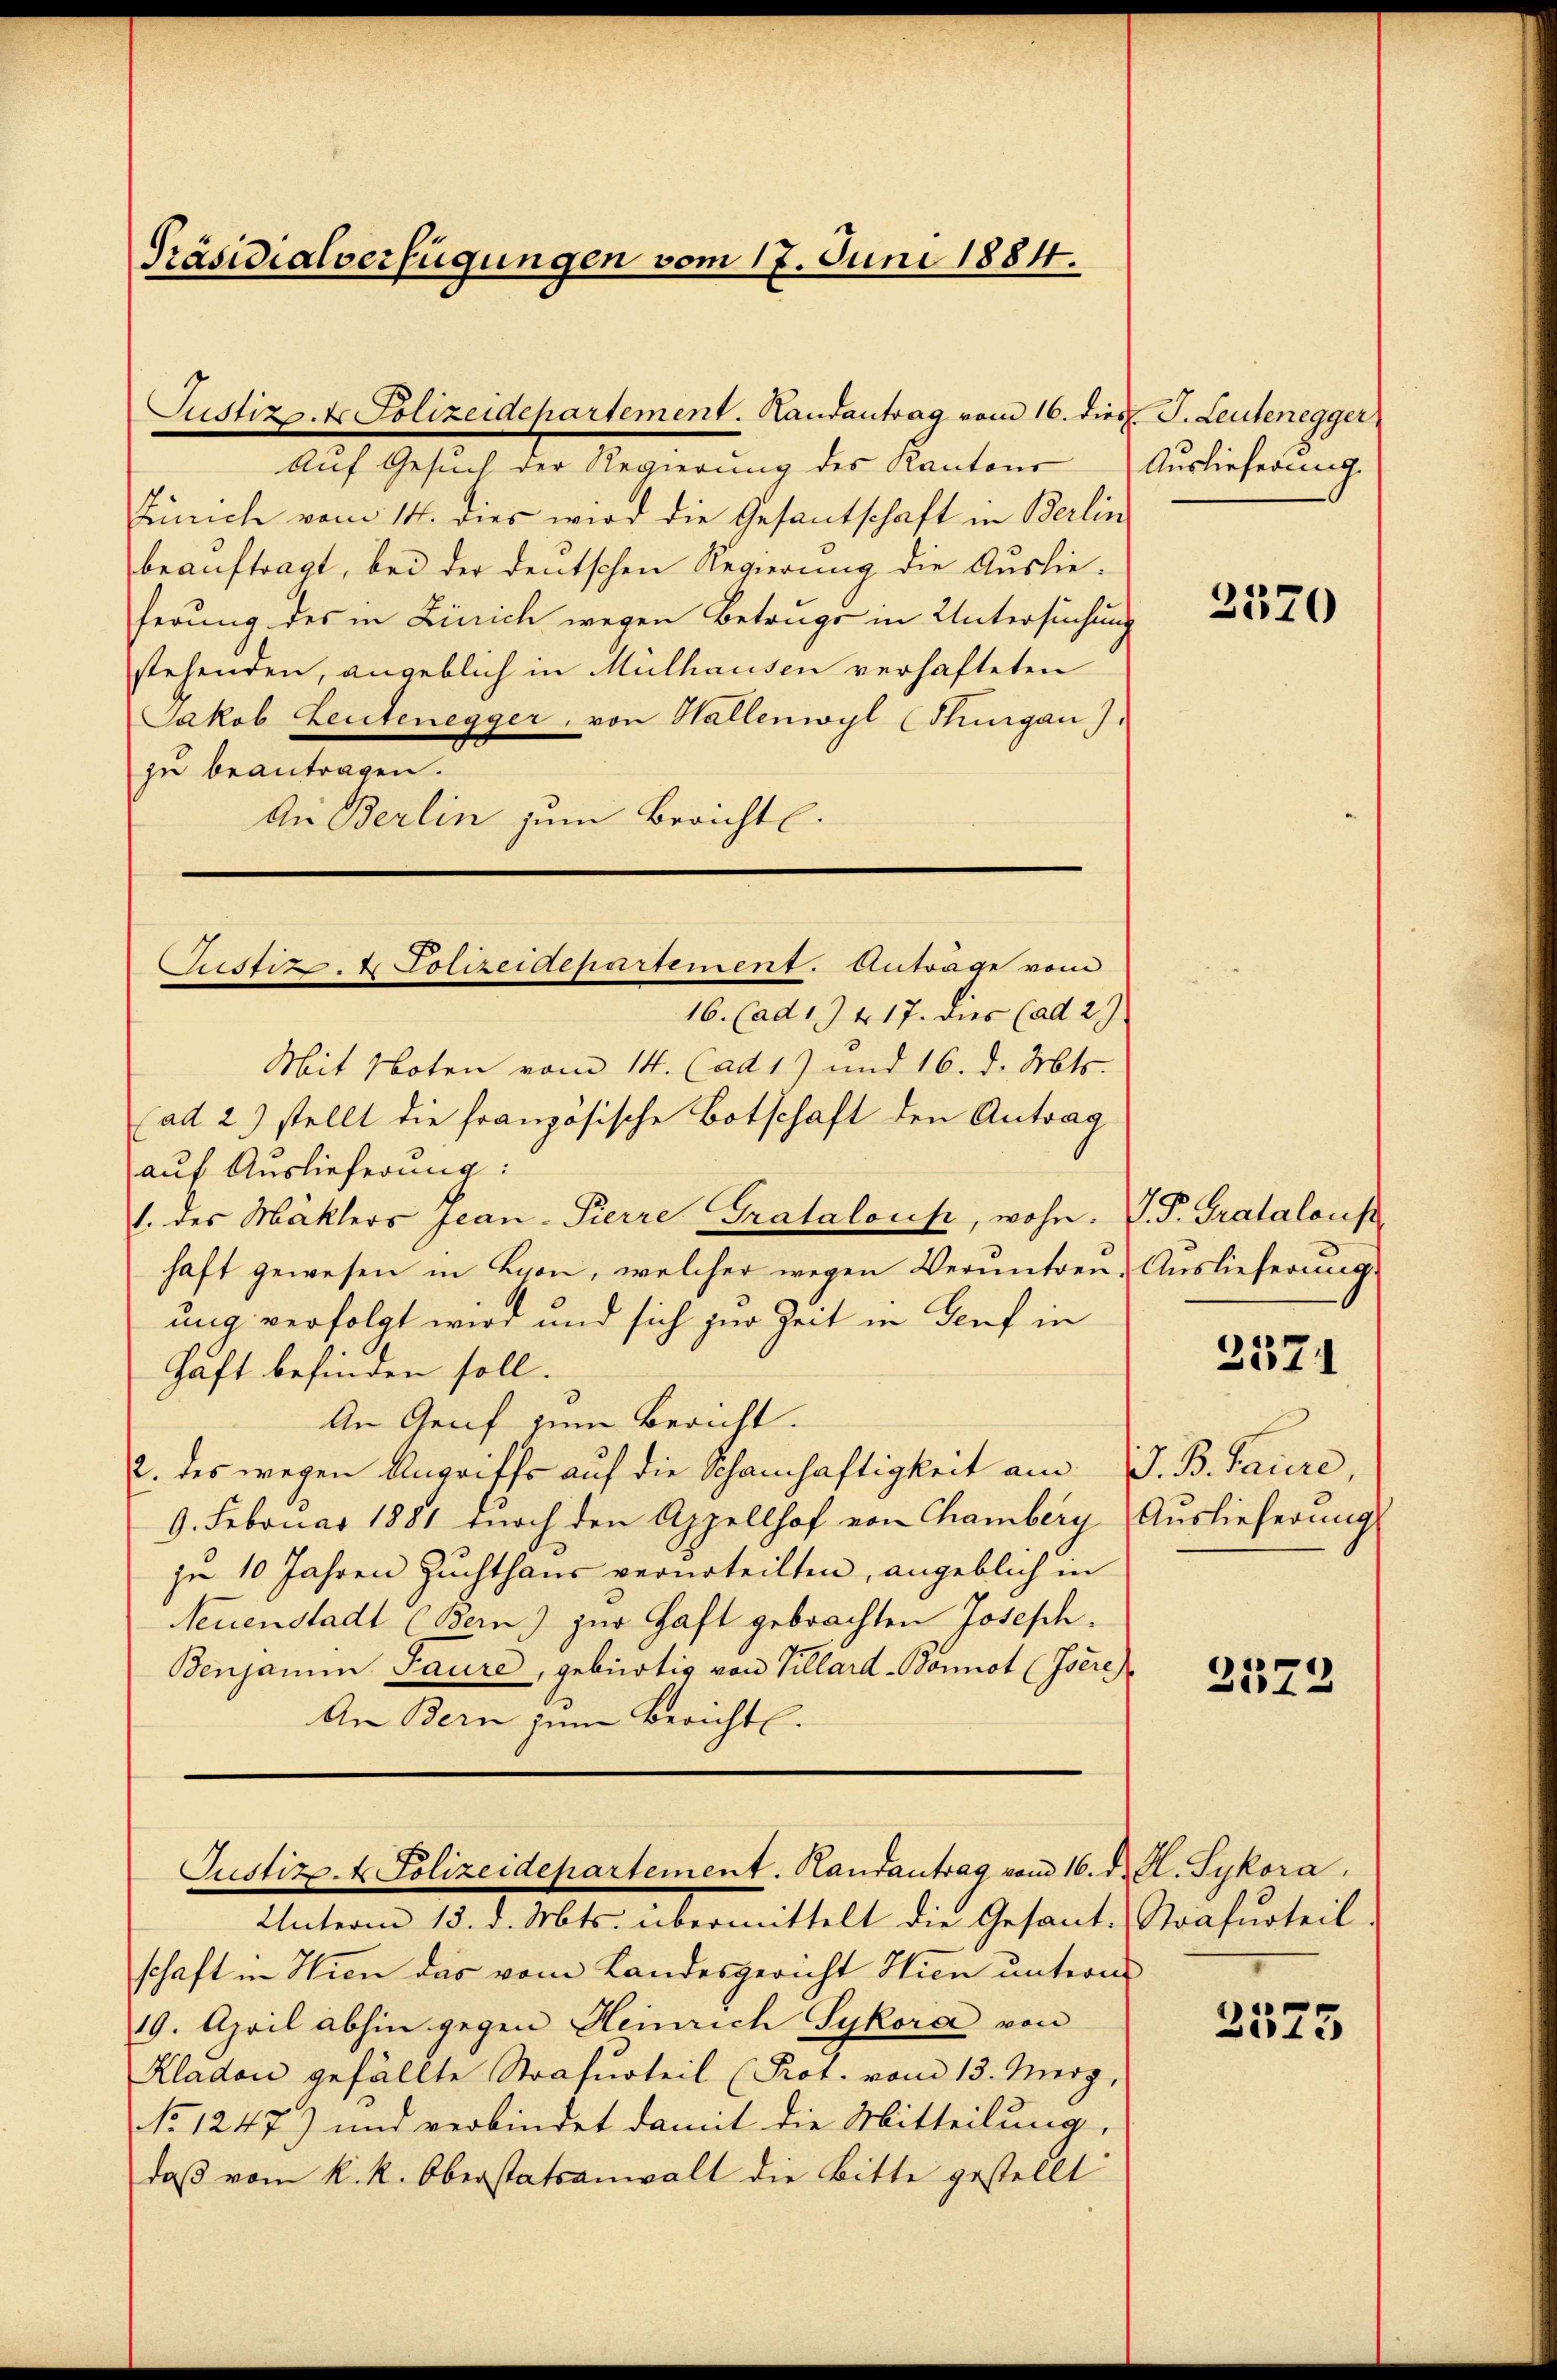
Präsidialverfügungen vom 17. Juni 1884.

Auf Gesuch der Regierung des Kantons
Zünich vom 14. dies wird die Gesantschaft in Berlin
beauftragt, bei der deutschen Regierung die Auslieferung des in Zürich wegen Betrugs in Untersuchung
stehenden, angeblich in Mülhausen verhafteten
Jakob Leutenegger, von Hallenwyl (Thurgau).
zu beantragen.
An Berlin zum Berichtl.

Justizp. t. Polizeidepartement. Landantrag vom 16. dies J. Leutenegger

Justiz & Polizeidepartement. Anträge vom
16. (ad 174. 17. dies (ad 2)

Mit Noten vom 14. (ad 1) und 16. d. Mts.
ad 2) stellt die französische Botschaft den Antrag
auf Auslieferung:
1. des Mäklers Jean-Pierre Gratalous, wohn. J. P. Gratalous
haft gewesen in Lyon, welcher wegen Veruntreu- Auslieferung.
ung verfolgt wird und sich zur Zeit in Genf in
Haft befinden soll.
An Genf zum Bericht.
2. des wegen Angriffs auf die Schamhaftigkeit am J. B. Baure,
9. Februar 1881 durch den Appellhof von Chamberg, Auslieferungs
zu 10 Jahren Zŭchthaŭs verurteilten, angeblich in
Neuenstadt (Bern) zur Haft gebrachten Joseph.
Benjamin Saure, gebürtig von Killard-Bonnot (Isere
An Bern zum Bericht.

Justiz- & Polizeidepartement. Handantrag vom 16. d. H. Sykora

Unterm 15. d. Mts. übermittelt die Gesant-Strafurteil
schaft in Wien das vom Landesgericht Wien unterm
19. April abhin gegen Heinrich Sykora von
Kladen gefällte Strafurteil (Prot. vom 13. Merz,
No 1247) und verbindet damit die Mitteilung,
daß vom k. k. Oberstatsanwalt die Bitte gestellt

Auslieferung.

2570

3571

2322

2525